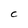
Character: C